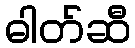
ဓါတ်ဆီ